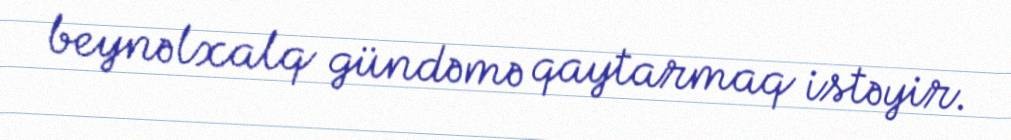
beynəlxalq gündəmə qaytarmaq istəyir.